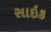
સાઇક